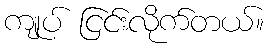
ကျုပ် ငြင်းလိုက်တယ်။